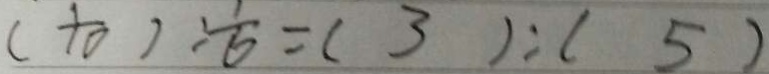
( \frac { 1 } { 1 0 } ) : \frac { 1 } { 6 } = ( 3 ) : ( 5 )